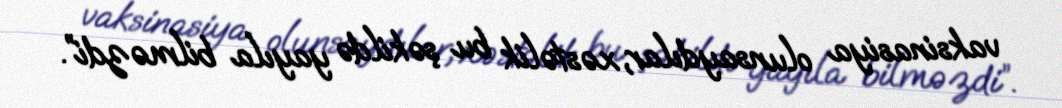
vaksinasiya olunsaydılar, xəstəlik bu şəkildə yayıla bilməzdi”.